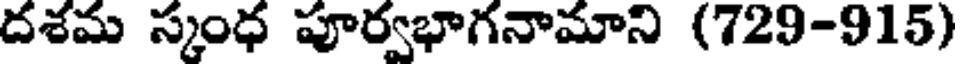
దశమ స్కంధ పూర్వభాగనామాని (729-915)